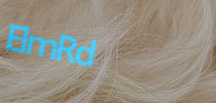
ElmRd